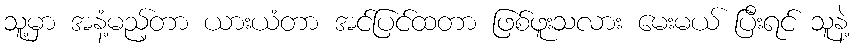
သူ့မှာ အနံ့မည့်တာ ယားယံတာ အင်ပြင်ထတာ ဖြစ်ဖူးသလား မေးမယ် ပြီးရင် သူနဲ့